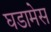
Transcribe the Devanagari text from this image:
घडामेस